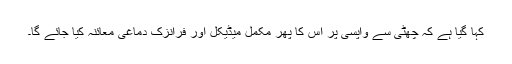
کہا گیا ہے کہ چھٹی سے واپسی پر اس کا پھر مکمل میڈیکل اور فرانزک دماغی معائنہ کیا جائے گا۔